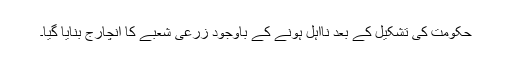
حکومت کی تشکیل کے بعد نااہل ہونے کے باوجود زرعی شعبے کا انچارج بنایا گیا۔